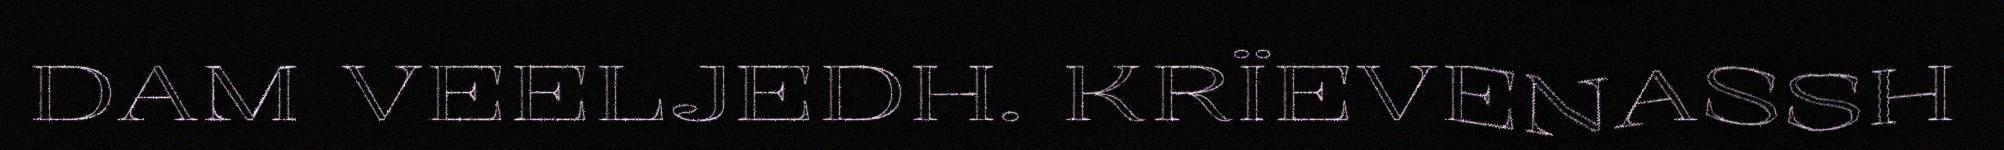
DAM VEELJEDH. KRÏEVENASSH